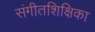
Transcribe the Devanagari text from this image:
संगीतशिक्षिका